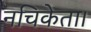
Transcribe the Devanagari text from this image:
नचिकेता।